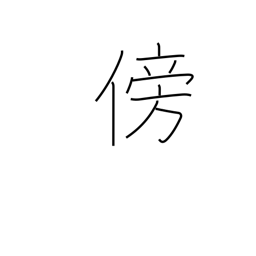
Meaning: third person